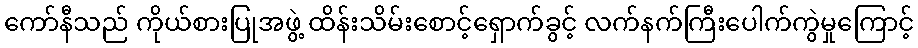
ကော်နီသည် ကိုယ်စားပြုအဖွဲ့ ထိန်းသိမ်းစောင့်ရှောက်ခွင့် လက်နက်ကြီးပေါက်ကွဲမှုကြောင့်